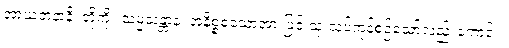
အာယတနာနိ၊ တို့ကို။ သမ္မသန္တာနံ၊ အနိစ္စစသောအားဖြင့် သုံးသပ်ကုန်စဉ်သော်လည်းကောင်း။